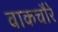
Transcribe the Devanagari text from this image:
वाकचौरे